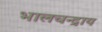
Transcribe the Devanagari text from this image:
भालचन्द्राय